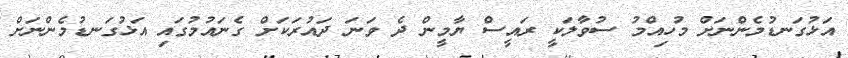
އަޅުގަނޑުމެންނަށް މުހިއްމު ސުވާލަކީ ރައީސް ޔާމީން ދެ ވަނަ ދައުރަކަށް ގެނައުމުގައި އަޅުގަނޑުމެންނަށް